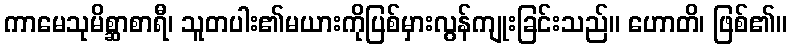
ကာမေသုမိစ္ဆာစာရီ၊ သူတပါး၏မယားကိုပြစ်မှားလွန်ကျုးခြင်းသည်။ ဟောတိ၊ ဖြစ်၏။